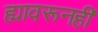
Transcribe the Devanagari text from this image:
ह्यावरूनही